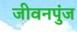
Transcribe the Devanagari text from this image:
जीवनपुंज